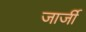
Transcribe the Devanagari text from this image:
जार्जी